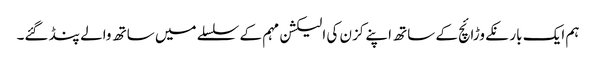
ہم ایک بار نکے وڑائچ کے ساتھ اپنے کزن کی الیکشن مہم کے سلسلے میں ساتھ والے پنڈ گئے۔